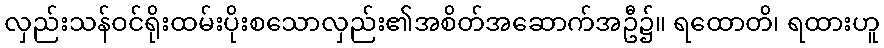
လှည်းသန်ဝင်ရိုးထမ်းပိုးစသောလှည်း၏အစိတ်အဆောက်အဦ၌။ ရထောတိ၊ ရထားဟူ